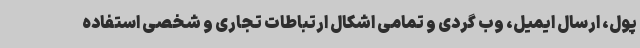
پول، ارسال ایمیل، وب گردی و تمامی اشکال ارتباطات تجاری و شخصی استفاده